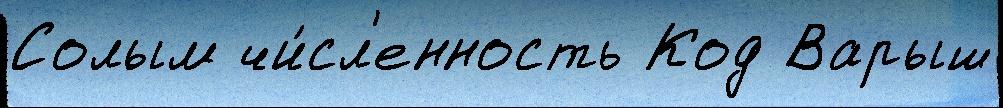
Солым чи́сл'енность Код Варыш